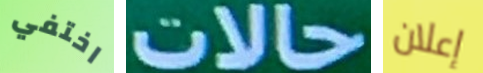
اختفي حالات إعلان